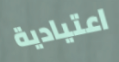
اعتيادية